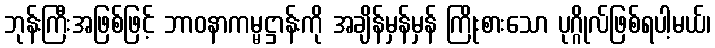
ဘုန်းကြီးအဖြစ်ဖြင့် ဘာဝနာကမ္မဋ္ဌာန်းကို အချိန်မှန်မှန် ကြိုးစားသော ပုဂ္ဂိုလ်ဖြစ်ရပါ့မယ်၊